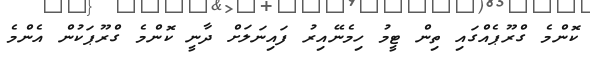
ކޮންމެ ގްރޫޕެއްގައި ތިން ޓީމު ހިމެނޭއިރު ފައިނަލަށް ދާނީ ކޮންމެ ގްރޫޕަކުން އެންމެ